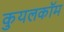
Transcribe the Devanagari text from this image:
कुयलकॉम